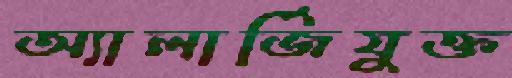
অ্যালার্জিযুক্ত